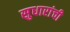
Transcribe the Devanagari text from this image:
सुधारांची